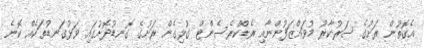
އެގޮތުން ރަށުގެ ސަރުކާރު މުވައްޒަފުންނާއި ރެޑްކްރެސެންޓް ގުޅިގެން ރަށުގެ ގޮނޑުދޮށުގައި ވަޅުގަނޑުތަކެއް ކޮނެ